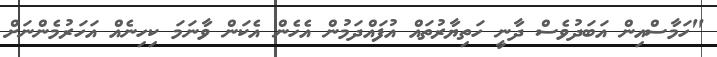
"ހަމާސްއިން އަބަދުވެސް ދާނީ ހަތިޔާރުތައް އުފައްދަމުން އެހެން އެކަން ވާނަމަ ކިހިނެއް އަހަރުމެންނަށް